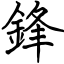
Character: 鋒